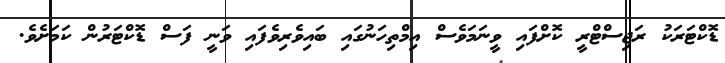
ޑޮކްޓަރަކު ރަޖިސްޓްރީ ކޮށްފައި ވީނަމަވެސް އިމްތިހަނުގައި ބައިވެރިވެފައި ވަނީ ފަސް ޑޮކްޓަރުން ކަމަށެެވެ.